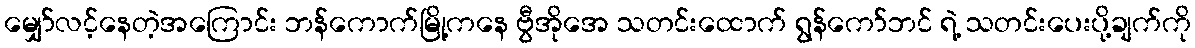
မျှော်လင့်နေတဲ့အကြောင်း ဘန်ကောက်မြို့ကနေ ဗွီအိုအေ သတင်းထောက် ရွန်ကော်ဘင် ရဲ့ သတင်းပေးပို့ချက်ကို